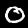
Label: 0